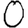
Digit: 0